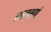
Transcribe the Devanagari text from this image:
सल्लक्षणं